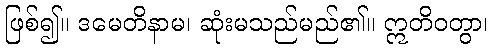
ဖြစ်၍။ ဒမေတိနာမ၊ ဆုံးမသည်မည်၏။ ဣတိဝတွာ၊